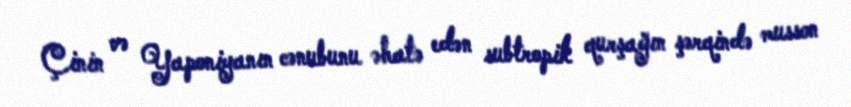
Çinin və Yaponiyanın cənubunu əhatə edən subtropik qurşağın şərqində musson